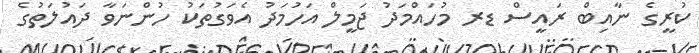
ކުރީގެ ނާއިބް ރައީސް ޑރ މުހައްމަދު ޖަމީލް އަހުމަދު އެވަގުތަކު ހުންނަވާ ދައުލަތުގެ